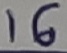
Text: 16